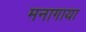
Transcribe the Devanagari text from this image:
मनागाया